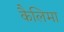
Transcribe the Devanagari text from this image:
कैलिमा